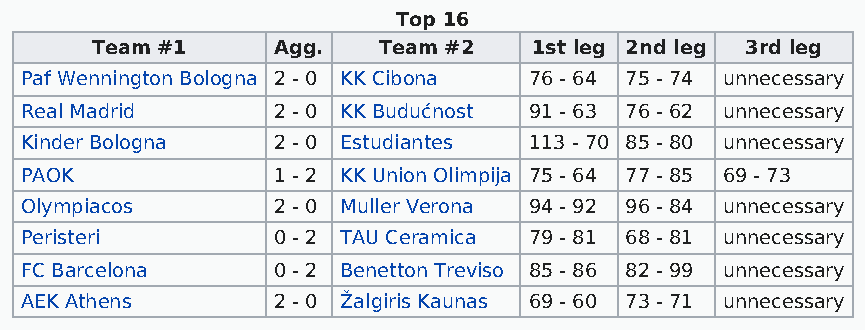
Top 16
 Team #1     Agg.   Team #2   1st leg 2nd leg 3rd leg
 Paf Wennington Bologna 2 - 0 KK Cibona 76 - 64 75 - 74 unnecessary
 Real Madrid      2 - 0 KK Budućnost 91 - 63 76 - 62 unnecessary
 Kinder Bologna   2 - 0 Estudiantes 113 - 70 85 - 80 unnecessary
 PAOK             1 - 2 KK Union Olimpija 75 - 64 77 - 85 69 - 73
 Olympiacos       2 - 0 Muller Verona 94 - 92 96 - 84 unnecessary
 Peristeri        0 - 2 TAU Ceramica 79 - 81 68 - 81 unnecessary
 FC Barcelona     0 - 2 Benetton Treviso 85 - 86 82 - 99 unnecessary
 AEK Athens       2 - 0 Žalgiris Kaunas 69 - 60 73 - 71 unnecessary